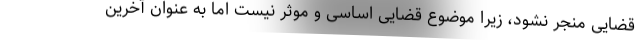
قضایی منجر نشود، زیرا موضوع قضایی اساسی و موثر نیست اما به عنوان آخرین